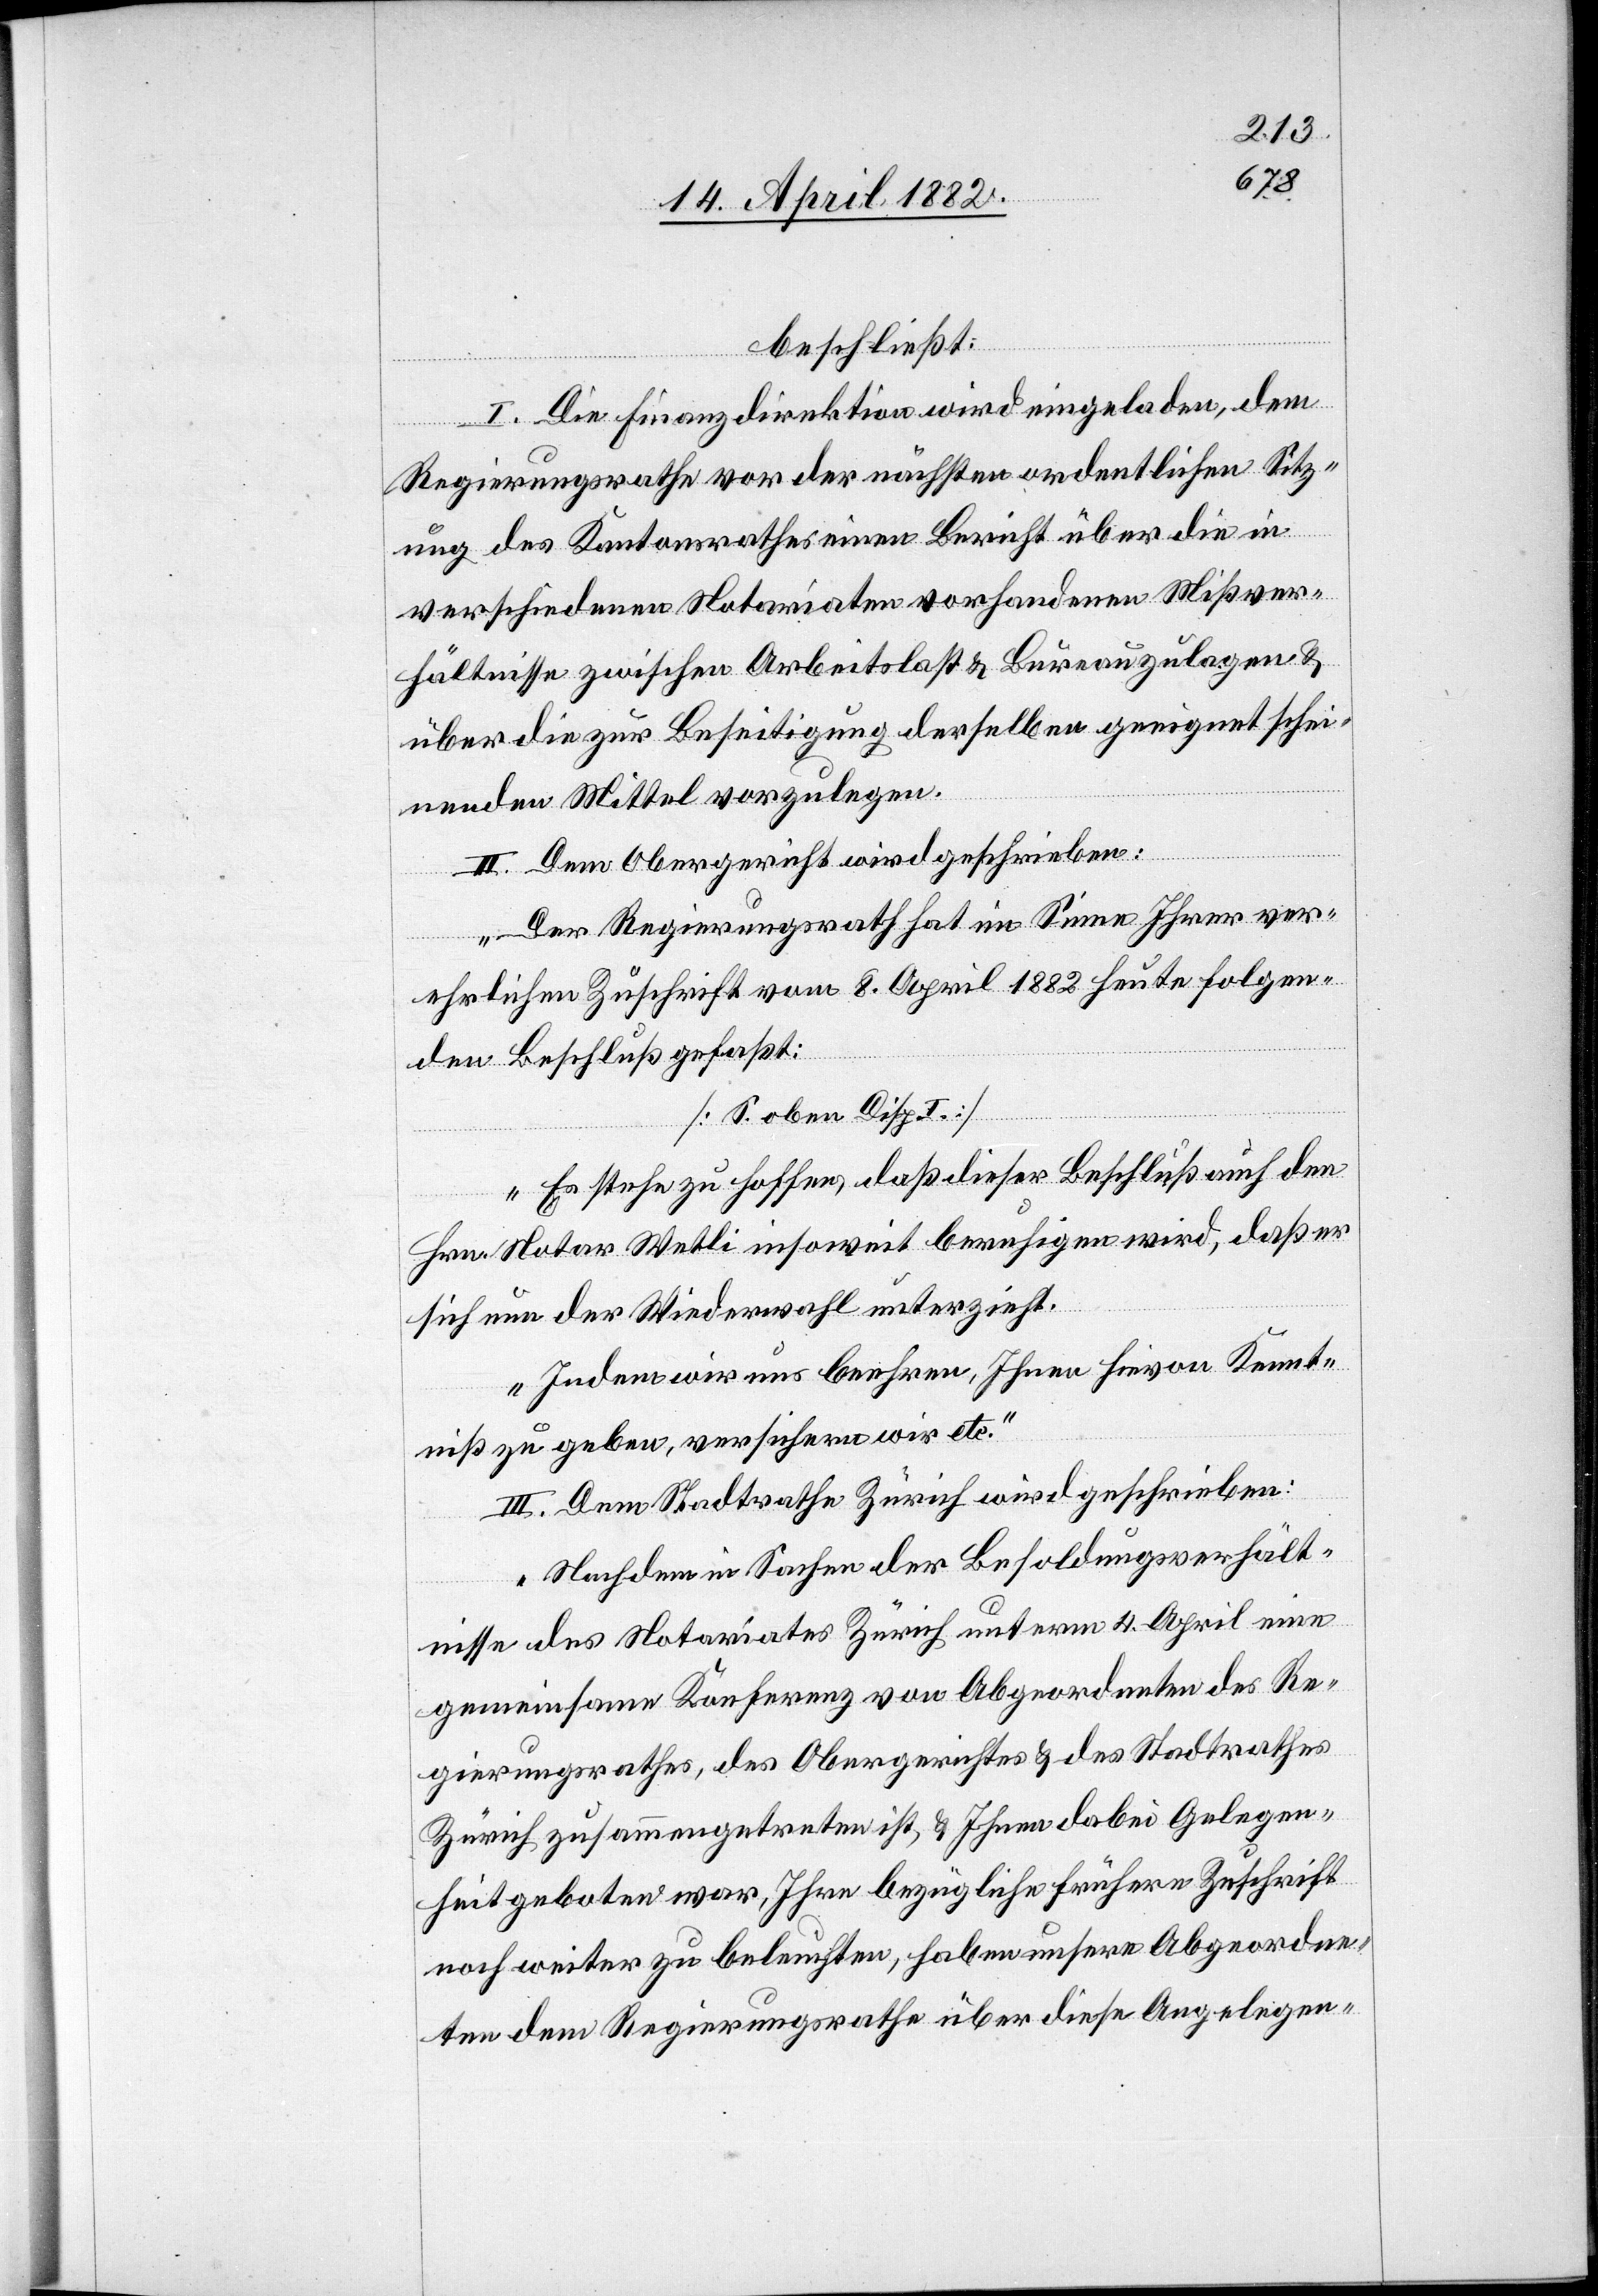
beschließt:
I. Die Finanzdirektion wird eingeladen, dem
Regierungsrathe vor der nächsten ordentlichen Sitz¬
ung des Kantonsrathes einen Bericht über die in
verschiedenen Notariaten vorhandenen Mißver¬
hältnisse zwischen Arbeitslast & Bureauzulagen &
über die zur Beseitigung derselben geeignet schei¬
nenden Mittel vorzulegen.
II. Dem Obergericht wird geschrieben:
„Der Regierungsrath hat im Sinne Ihrer ver¬
ehrlichen Zuschrift vom 8. April 1882 heute folgen¬
den Beschluß gefaßt:
[S. oben Disp. I.]
Es stehe zu hoffen, daß dieser Beschluß auch den
Hrn. Notar Wetli insoweit beruhigen wird, daß er
sich nun der Wiederwahl unterzieht.
Indem wir uns beehren, Ihnen hievon Kennt¬
niß zu geben, versichern wir etc.“
III. Dem Stadtrathe Zürich wird geschrieben:
„Nachdem in Sachen der Besoldungsverhält¬
nisse des Notariates Zürich unterm 4. April eine
gemeinsame Konferenz von Abgeordneten des Re¬
gierungsrathes, des Obergerichtes & des Stadtrathes
Zürich zusammengetreten ist, & Ihnen dabei Gelegen¬
heit geboten war, Ihre bezügliche frühere Zuschrift
noch weiter zu beleuchten, haben unsere Abgeordne¬
ten dem Regierungsrathe über diese Angelegen-